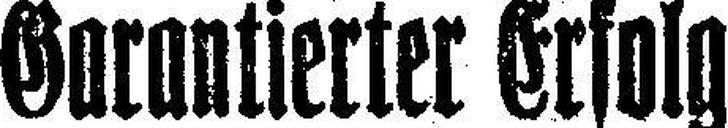
Garantierter Erfolg